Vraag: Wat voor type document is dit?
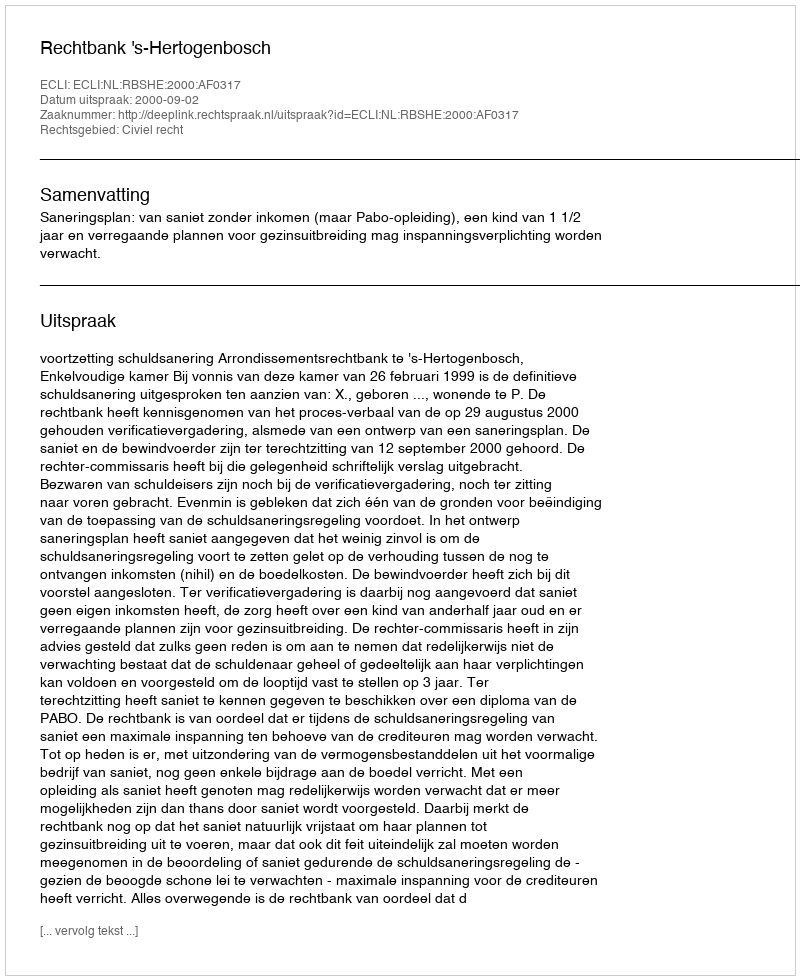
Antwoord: Uitspraak